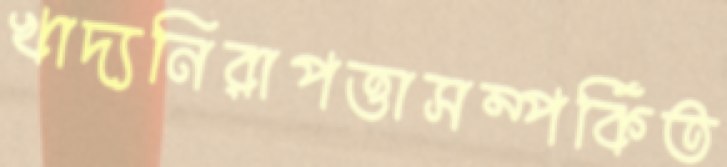
খাদ্যনিরাপত্তাসম্পর্কিত